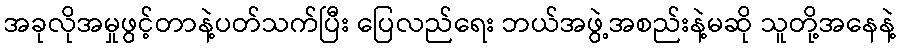
အခုလိုအမှုဖွင့်တာနဲ့ပတ်သက်ပြီး ပြေလည်ရေး ဘယ်အဖွဲ့အစည်းနဲ့မဆို သူတို့အနေနဲ့